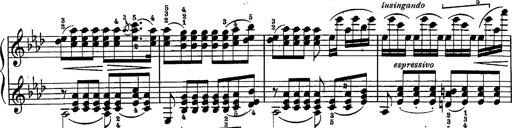
Title: Schubert's Impromptus [revised and edited by Franz Liszt]
Composer: Franz Liszt